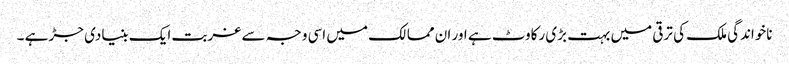
ناخواندگی ملک کی ترقی میں بہت بڑی رکاوٹ ہے اور ان ممالک میں اسی وجہ سے غربت ایک بنیادی جڑ ہے ۔